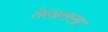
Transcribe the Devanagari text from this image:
तेलातला